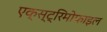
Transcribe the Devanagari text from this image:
एक्स्ट्रिमोफाइल